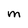
Character: M